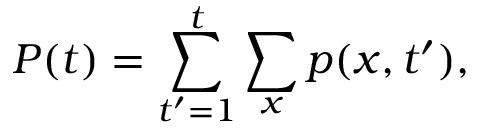
P ( t ) = \sum _ { t ^ { \prime } = 1 } ^ { t } \sum _ { x } p ( x , t ^ { \prime } ) ,